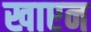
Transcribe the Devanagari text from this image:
खाएन